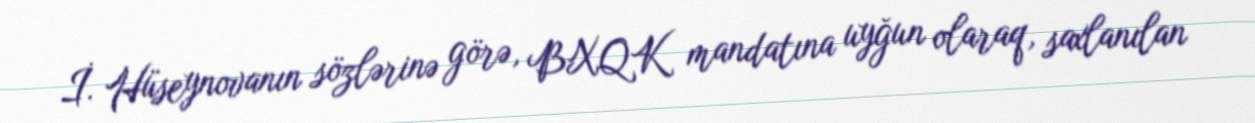
İ. Hüseynovanın sözlərinə görə, BXQK mandatına uyğun olaraq, saxlanılan